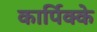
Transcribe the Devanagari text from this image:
कार्पिक्के